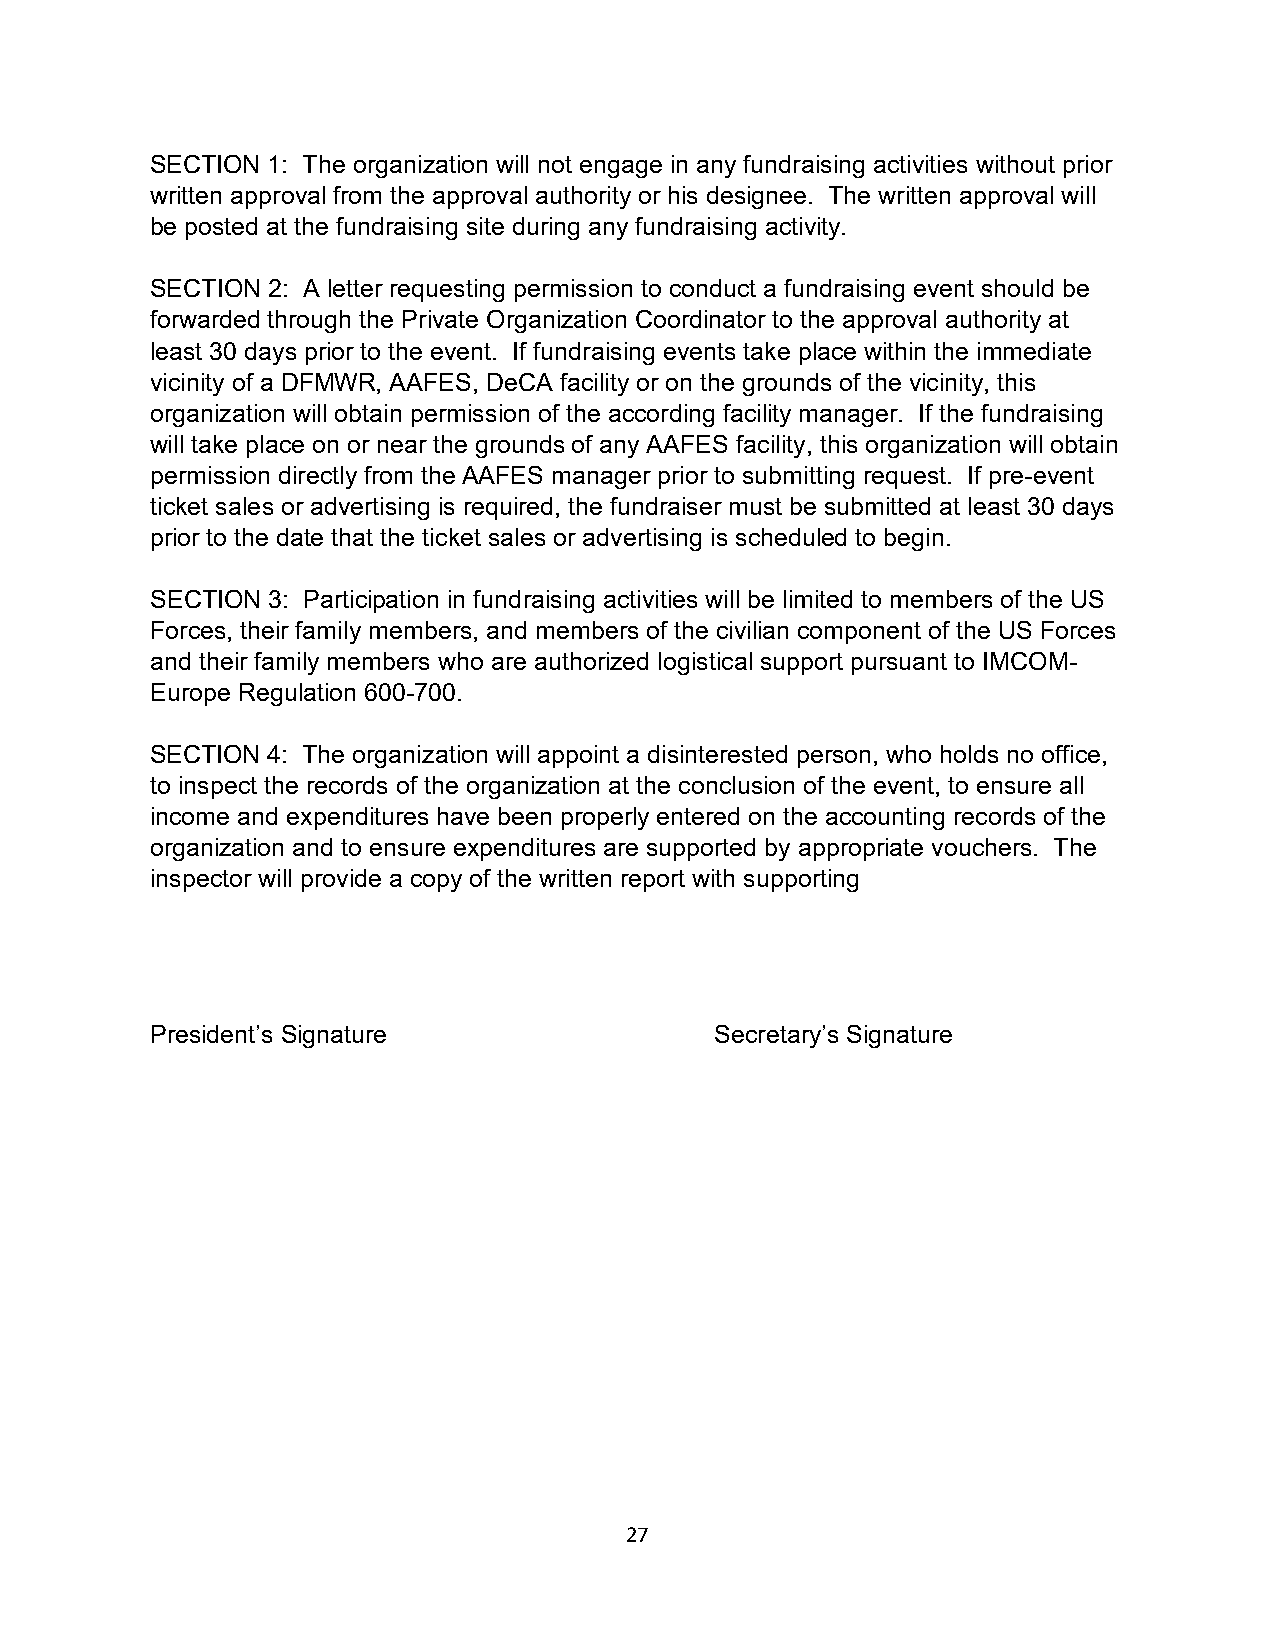
SECTION 1: The organization will not engage in any fundraising activities without prior
 written approval from the approval authority or his designee. The written approval will
 be posted at the fundraising site during any fundraising activity.
 SECTION 2: A letter requesting permission to conduct a fundraising event should be
 forwarded through the Private Organization Coordinator to the approval authority at
 least 30 days prior to the event. If fundraising events take place within the immediate
 vicinity of a DFMWR, AAFES, DeCA facility or on the grounds of the vicinity, this
 organization will obtain permission of the according facility manager. If the fundraising
 will take place on or near the grounds of any AAFES facility, this organization will obtain
 permission directly from the AAFES manager prior to submitting request. If pre-event
 ticket sales or advertising is required, the fundraiser must be submitted at least 30 days
 prior to the date that the ticket sales or advertising is scheduled to begin.
 SECTION 3: Participation in fundraising activities will be limited to members of the US
 Forces, their family members, and members of the civilian component of the US Forces
 and their family members who are authorized logistical support pursuant to IMCOM-
 Europe Regulation 600-700.
 SECTION 4: The organization will appoint a disinterested person, who holds no office,
 to inspect the records of the organization at the conclusion of the event, to ensure all
 income and expenditures have been properly entered on the accounting records of the
 organization and to ensure expenditures are supported by appropriate vouchers. The
 inspector will provide a copy of the written report with supporting
 President’s Signature                Secretary’s Signature
 27